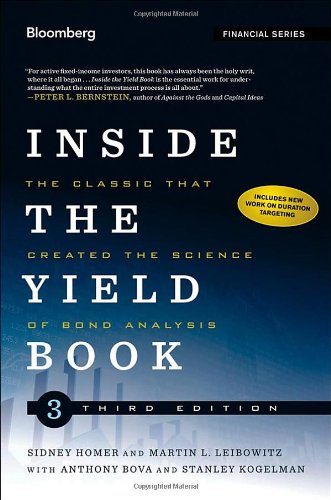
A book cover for Inside the Yield Book: The Classic That Created the Science of Bond Analysis; Martin L. Leibowitz; Business & Money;